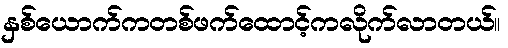
နှစ်ယောက်ကတစ်ဖက်ထောင့်ကလိုက်လာတယ်။